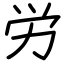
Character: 労